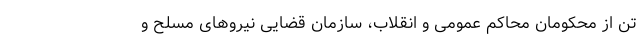
تن از محکومانِ محاکم عمومی و انقلاب، سازمان قضایی نیرو‌های مسلح و